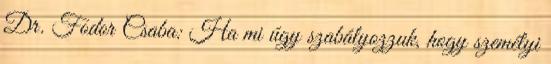
Dr. Fodor Csaba: Ha mi úgy szabályozzuk, hogy személyi